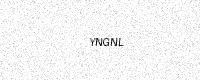
Text: YNGNL